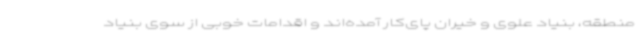
منطقه، بنیاد علوی و خیران پای‌کار آمده‌اند و اقدامات خوبی از سوی بنیاد